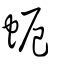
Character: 蚅